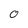
Character: 0